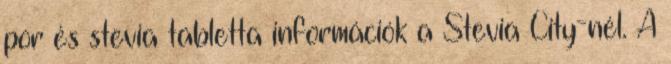
por és stevia tabletta információk a Stevia City-nél. A